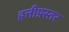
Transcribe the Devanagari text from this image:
हत्तीप्रस्तर